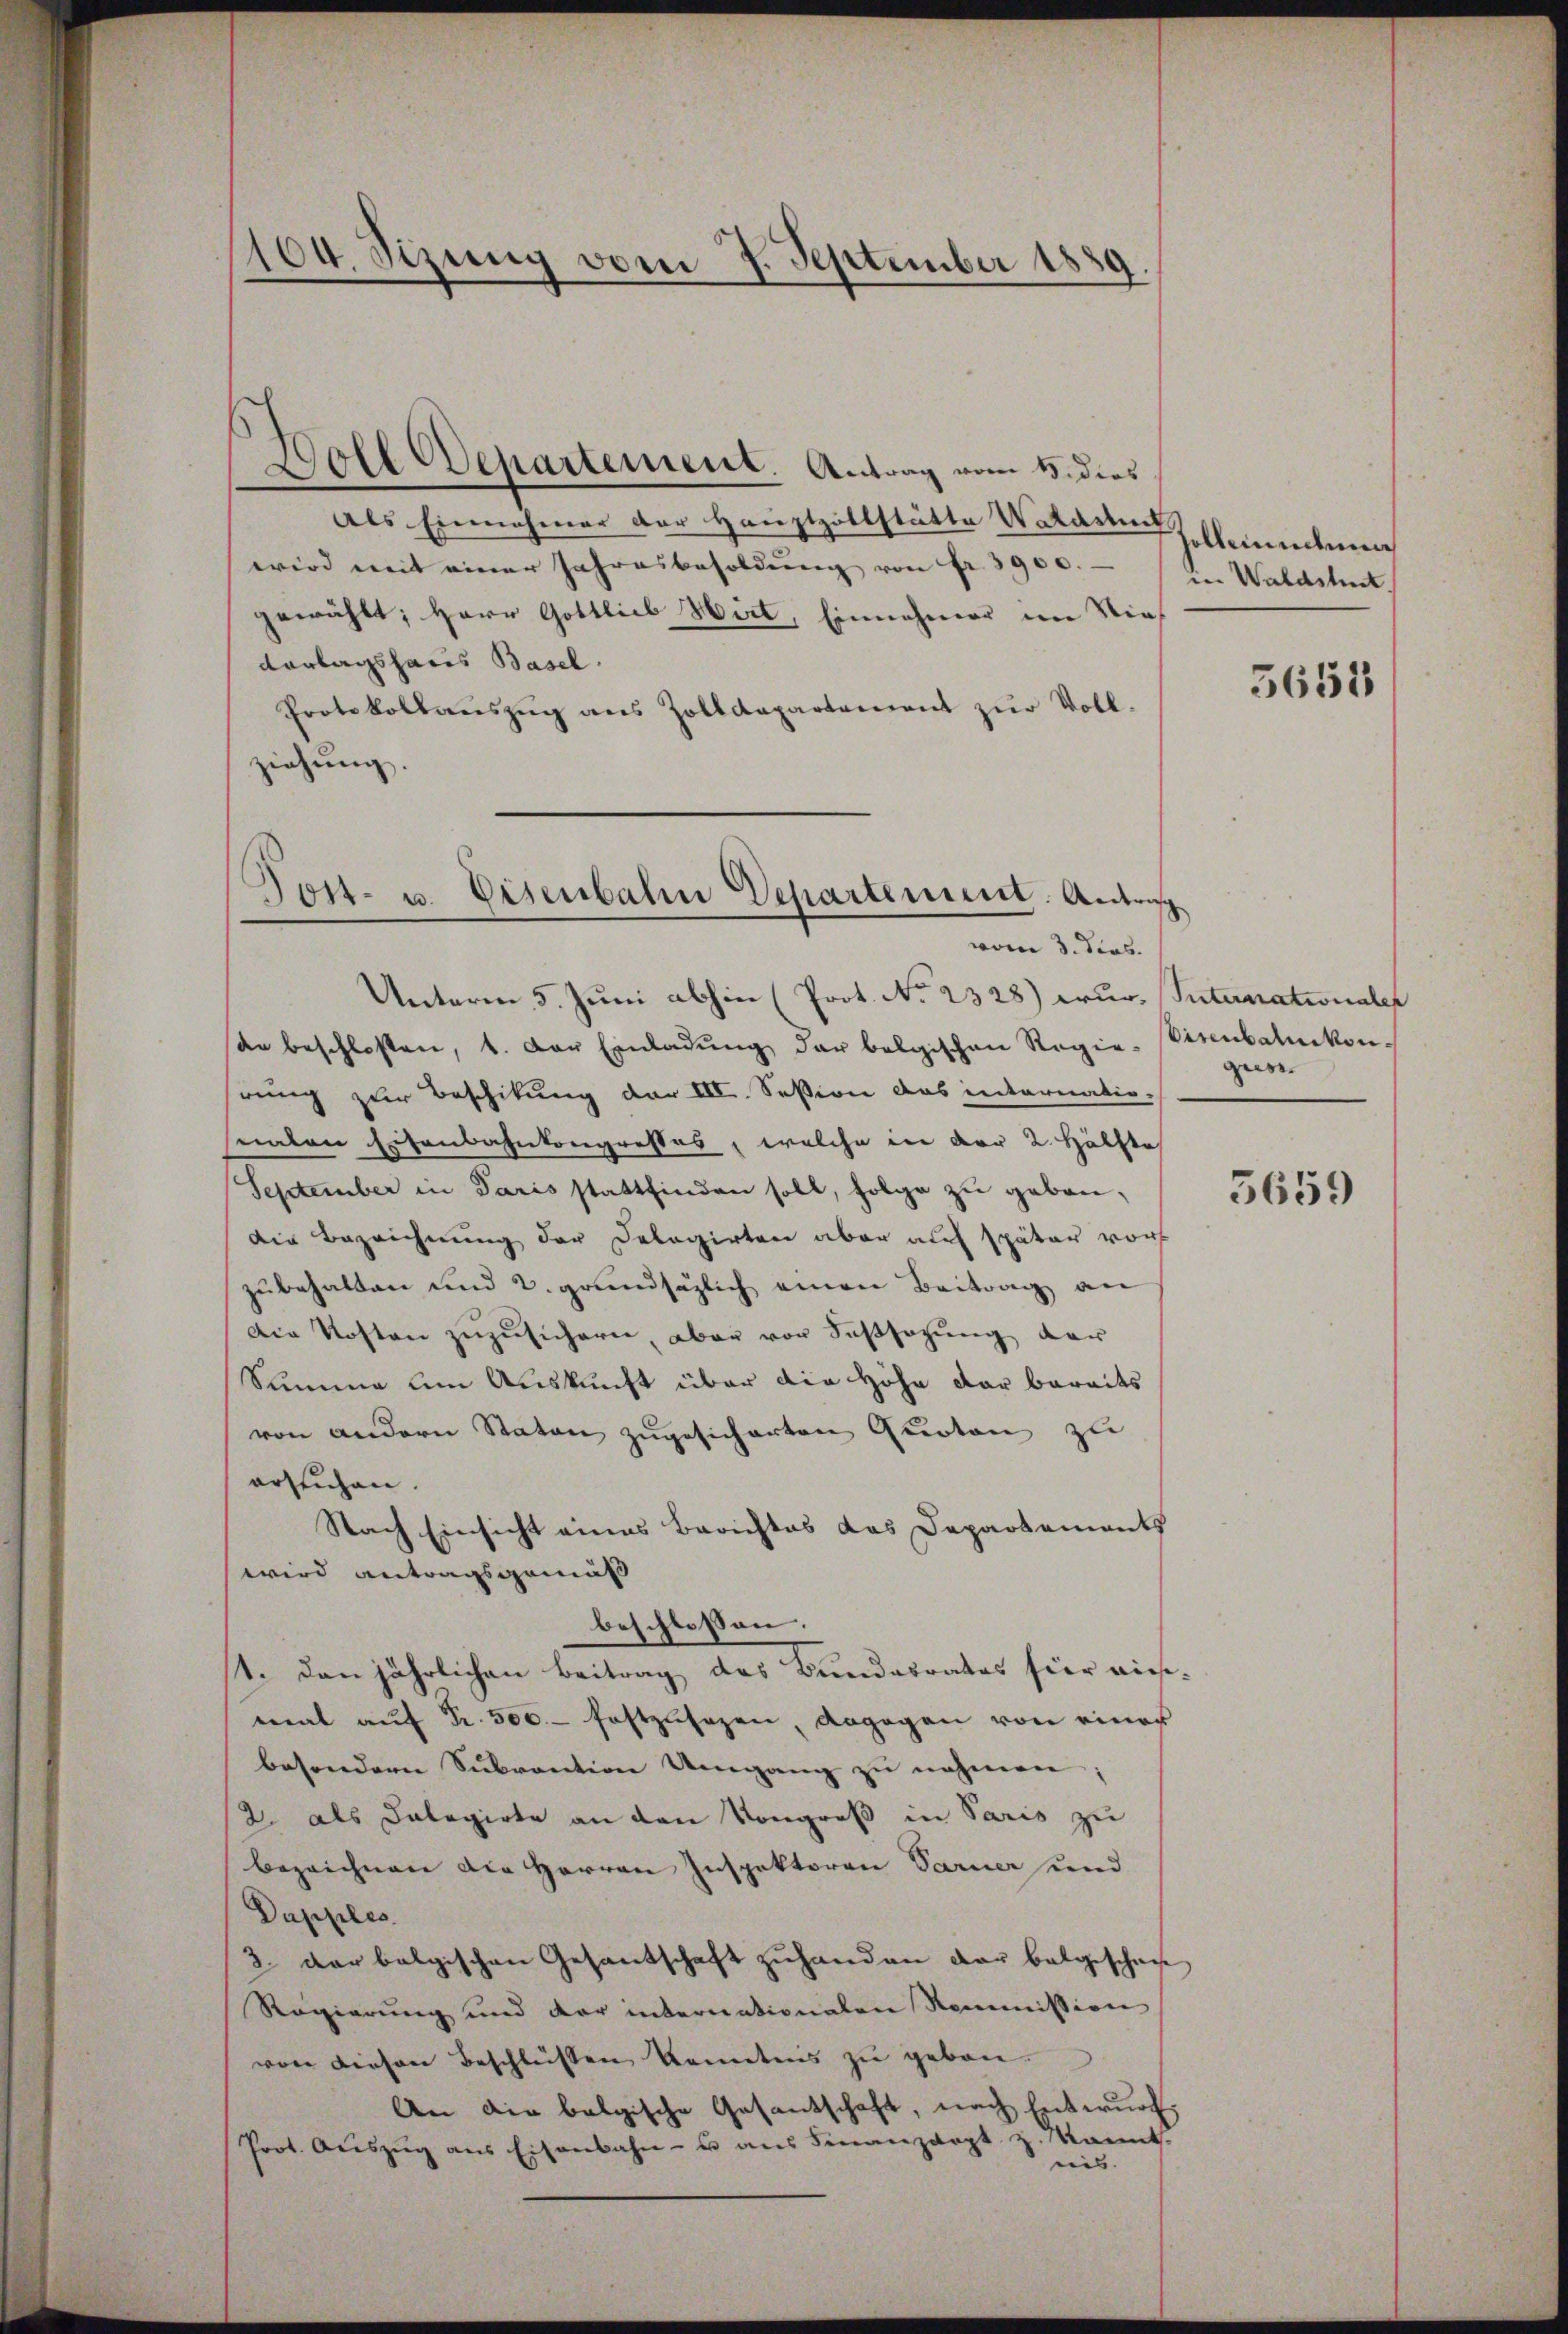
Boll Departement. Antrag vom 5. dies
Als Einnahmer der Hauptzollstätte Waldshut
wird mit einer Jahresbesoldŭng von Fr. 3900.
gewählt; Herr Gottlieb Hirt, Einnahmer im Vie
Vorlagsharis Basel.
Protokollanszŭg ans Zolldepartement zŭr Voll-
ziehung.

104. Sizung vom 7. September 1889.

Tott- u. Eisenbahn Departen. Antras
vom 3. Jos.
Unterm 5. Juni abhin (Prot. No. 2328) iur. Suternationalen

de beschloßen, 1. Der Einladŭng der belgischen Regie-
rung zur Beschikung der III. Session das internationalen Eisenbahnkongresses, welche in der 2. Hälfte
September in Paris stattfinden soll, folge zu geben,
Die Bezeichnung der Delegirten aber auf später vor
zubehalten und 2. grundsäzlich einen Beitrag an
Die Kosten zuzusichern, aber vor Sassagung der
Summe um Auskunft über die Höhe dar bereits
von andern Staton zugesicherten Quoten zu
ersuchen.
Nach Einsicht eines Berichtes das Departements
wird antragsgemäß
beschlossen:
1. den jährlichen Beitrag des Bundesrates hier dies-
mal auf Fr. 500.- festzusagen dagegen von einer
besondern Subvention Umgang zu nehmen;
2. als Categirte an den Kongreß in Paris zu
bezeichnen die Herren Inspektoren Sarner und
Dupples.
2. der belgischen Gesantschaft zuhanden der balgeschrie
Regierung und der internationalen Kommission
von diesen beschlüssen Kenntnis zu geben.
An die belgische Gesantschaft, nach Entwurf,
Prot. Aŭszŭg ans Eisenbahn- u aŭs Finanzarzt z. kannt-
ees.

ollmenden
in Waldstreit.

3651

sirenbahnkongiess

5659